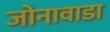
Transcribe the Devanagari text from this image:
जोनावाडा